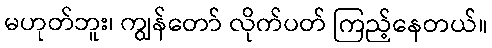
မဟုတ်ဘူး၊ ကျွန်တော် လိုက်ပတ် ကြည့်နေတယ်။